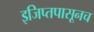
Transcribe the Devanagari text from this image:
इजिप्तपासूनच